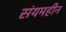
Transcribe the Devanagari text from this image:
संयमहीन